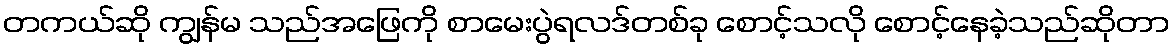
တကယ်ဆို ကျွန်မ သည်အဖြေကို စာမေးပွဲရလဒ်တစ်ခု စောင့်သလို စောင့်နေခဲ့သည်ဆိုတာ